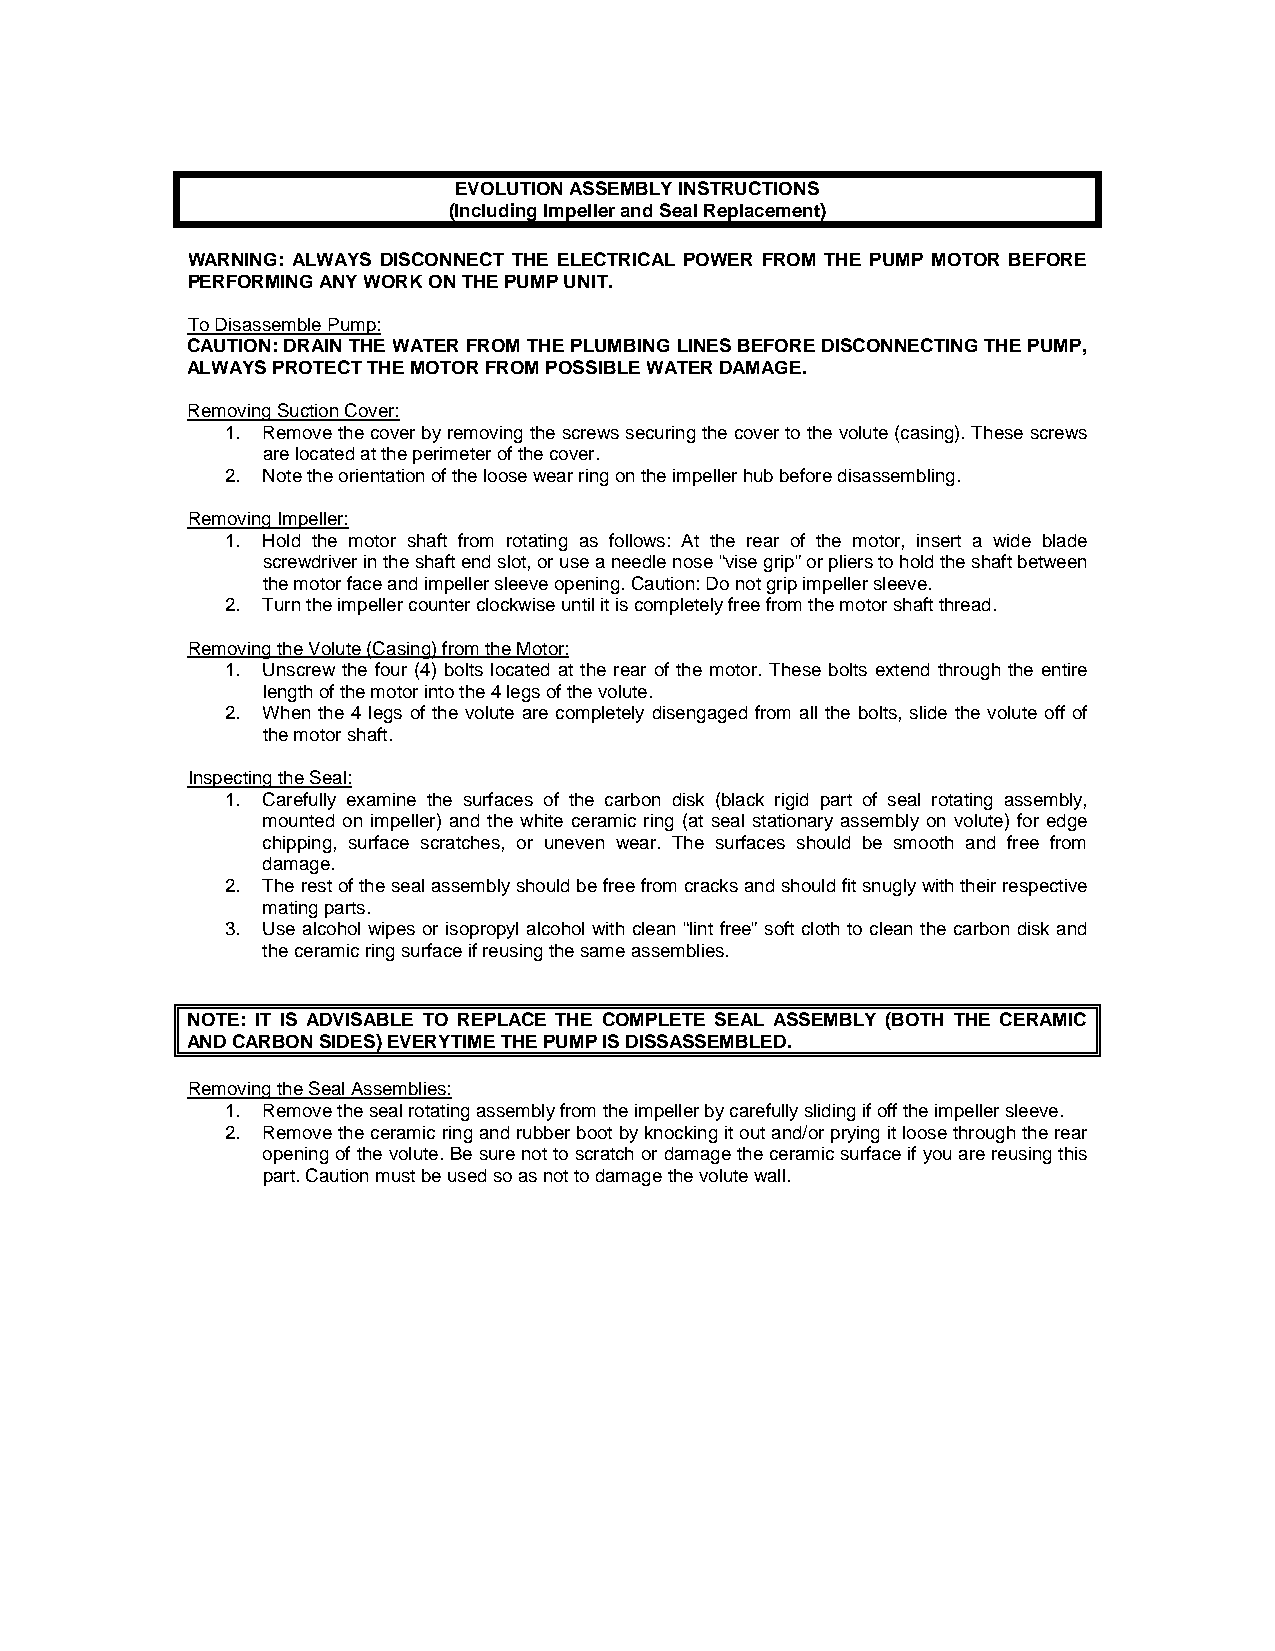
EVOLUTION ASSEMBLY INSTRUCTIONS
 (Including Impeller and Seal Replacement)
 WARNING: ALWAYS DISCONNECT THE ELECTRICAL POWER FROM THE PUMP MOTOR BEFORE
 PERFORMING ANY WORK ON THE PUMP UNIT.
 To Disassemble Pump:
 CAUTION: DRAIN THE WATER FROM THE PLUMBING LINES BEFORE DISCONNECTING THE PUMP,
 ALWAYS PROTECT THE MOTOR FROM POSSIBLE WATER DAMAGE.
 Removing Suction Cover:
 1. Remove the cover by removing the screws securing the cover to the volute (casing). These screws
 are located at the perimeter of the cover.
 2. Note the orientation of the loose wear ring on the impeller hub before disassembling.
 Removing Impeller:
 1. Hold the motor shaft from rotating as follows: At the rear of the motor, insert a wide blade
 screwdriver in the shaft end slot, or use a needle nose “vise grip” or pliers to hold the shaft between
 the motor face and impeller sleeve opening. Caution: Do not grip impeller sleeve.
 2. Turn the impeller counter clockwise until it is completely free from the motor shaft thread.
 Removing the Volute (Casing) from the Motor:
 1. Unscrew the four (4) bolts located at the rear of the motor. These bolts extend through the entire
 length of the motor into the 4 legs of the volute.
 2. When the 4 legs of the volute are completely disengaged from all the bolts, slide the volute off of
 the motor shaft.
 Inspecting the Seal:
 1. Carefully examine the surfaces of the carbon disk (black rigid part of seal rotating assembly,
 mounted on impeller) and the white ceramic ring (at seal stationary assembly on volute) for edge
 chipping, surface scratches, or uneven wear. The surfaces should be smooth and free from
 damage.
 2. The rest of the seal assembly should be free from cracks and should fit snugly with their respective
 mating parts.
 3. Use alcohol wipes or isopropyl alcohol with clean “lint free” soft cloth to clean the carbon disk and
 the ceramic ring surface if reusing the same assemblies.
 NOTE: IT IS ADVISABLE TO REPLACE THE COMPLETE SEAL ASSEMBLY (BOTH THE CERAMIC
 AND CARBON SIDES) EVERYTIME THE PUMP IS DISSASSEMBLED.
 Removing the Seal Assemblies:
 1. Remove the seal rotating assembly from the impeller by carefully sliding if off the impeller sleeve.
 2. Remove the ceramic ring and rubber boot by knocking it out and/or prying it loose through the rear
 opening of the volute. Be sure not to scratch or damage the ceramic surface if you are reusing this
 part. Caution must be used so as not to damage the volute wall.